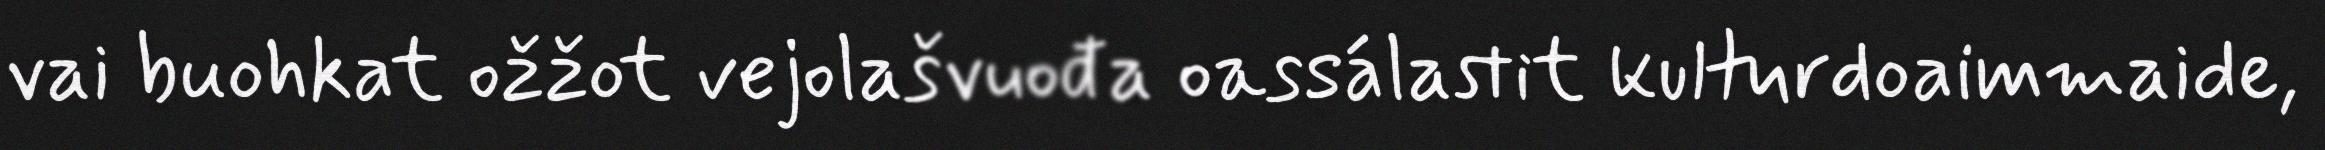
vai buohkat ožžot vejolašvuođa oassálastit kulturdoaimmaide,